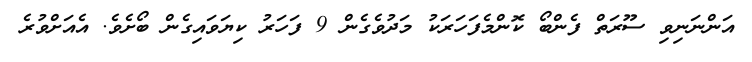
އަންނަނިވި ސޫރަތް ފެންބޯ ކޮންމެފަހަރަކު މަދުވެގެން 9 ފަހަރު ކިޔަވައިގެން ބޯށެވެ. އެއަށްވުރެ